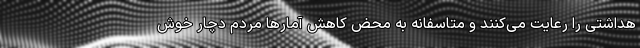
هداشتی را رعایت می‌کنند و متاسفانه به محض کاهش آمارها مردم دچار خوش